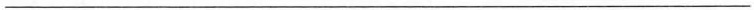
___